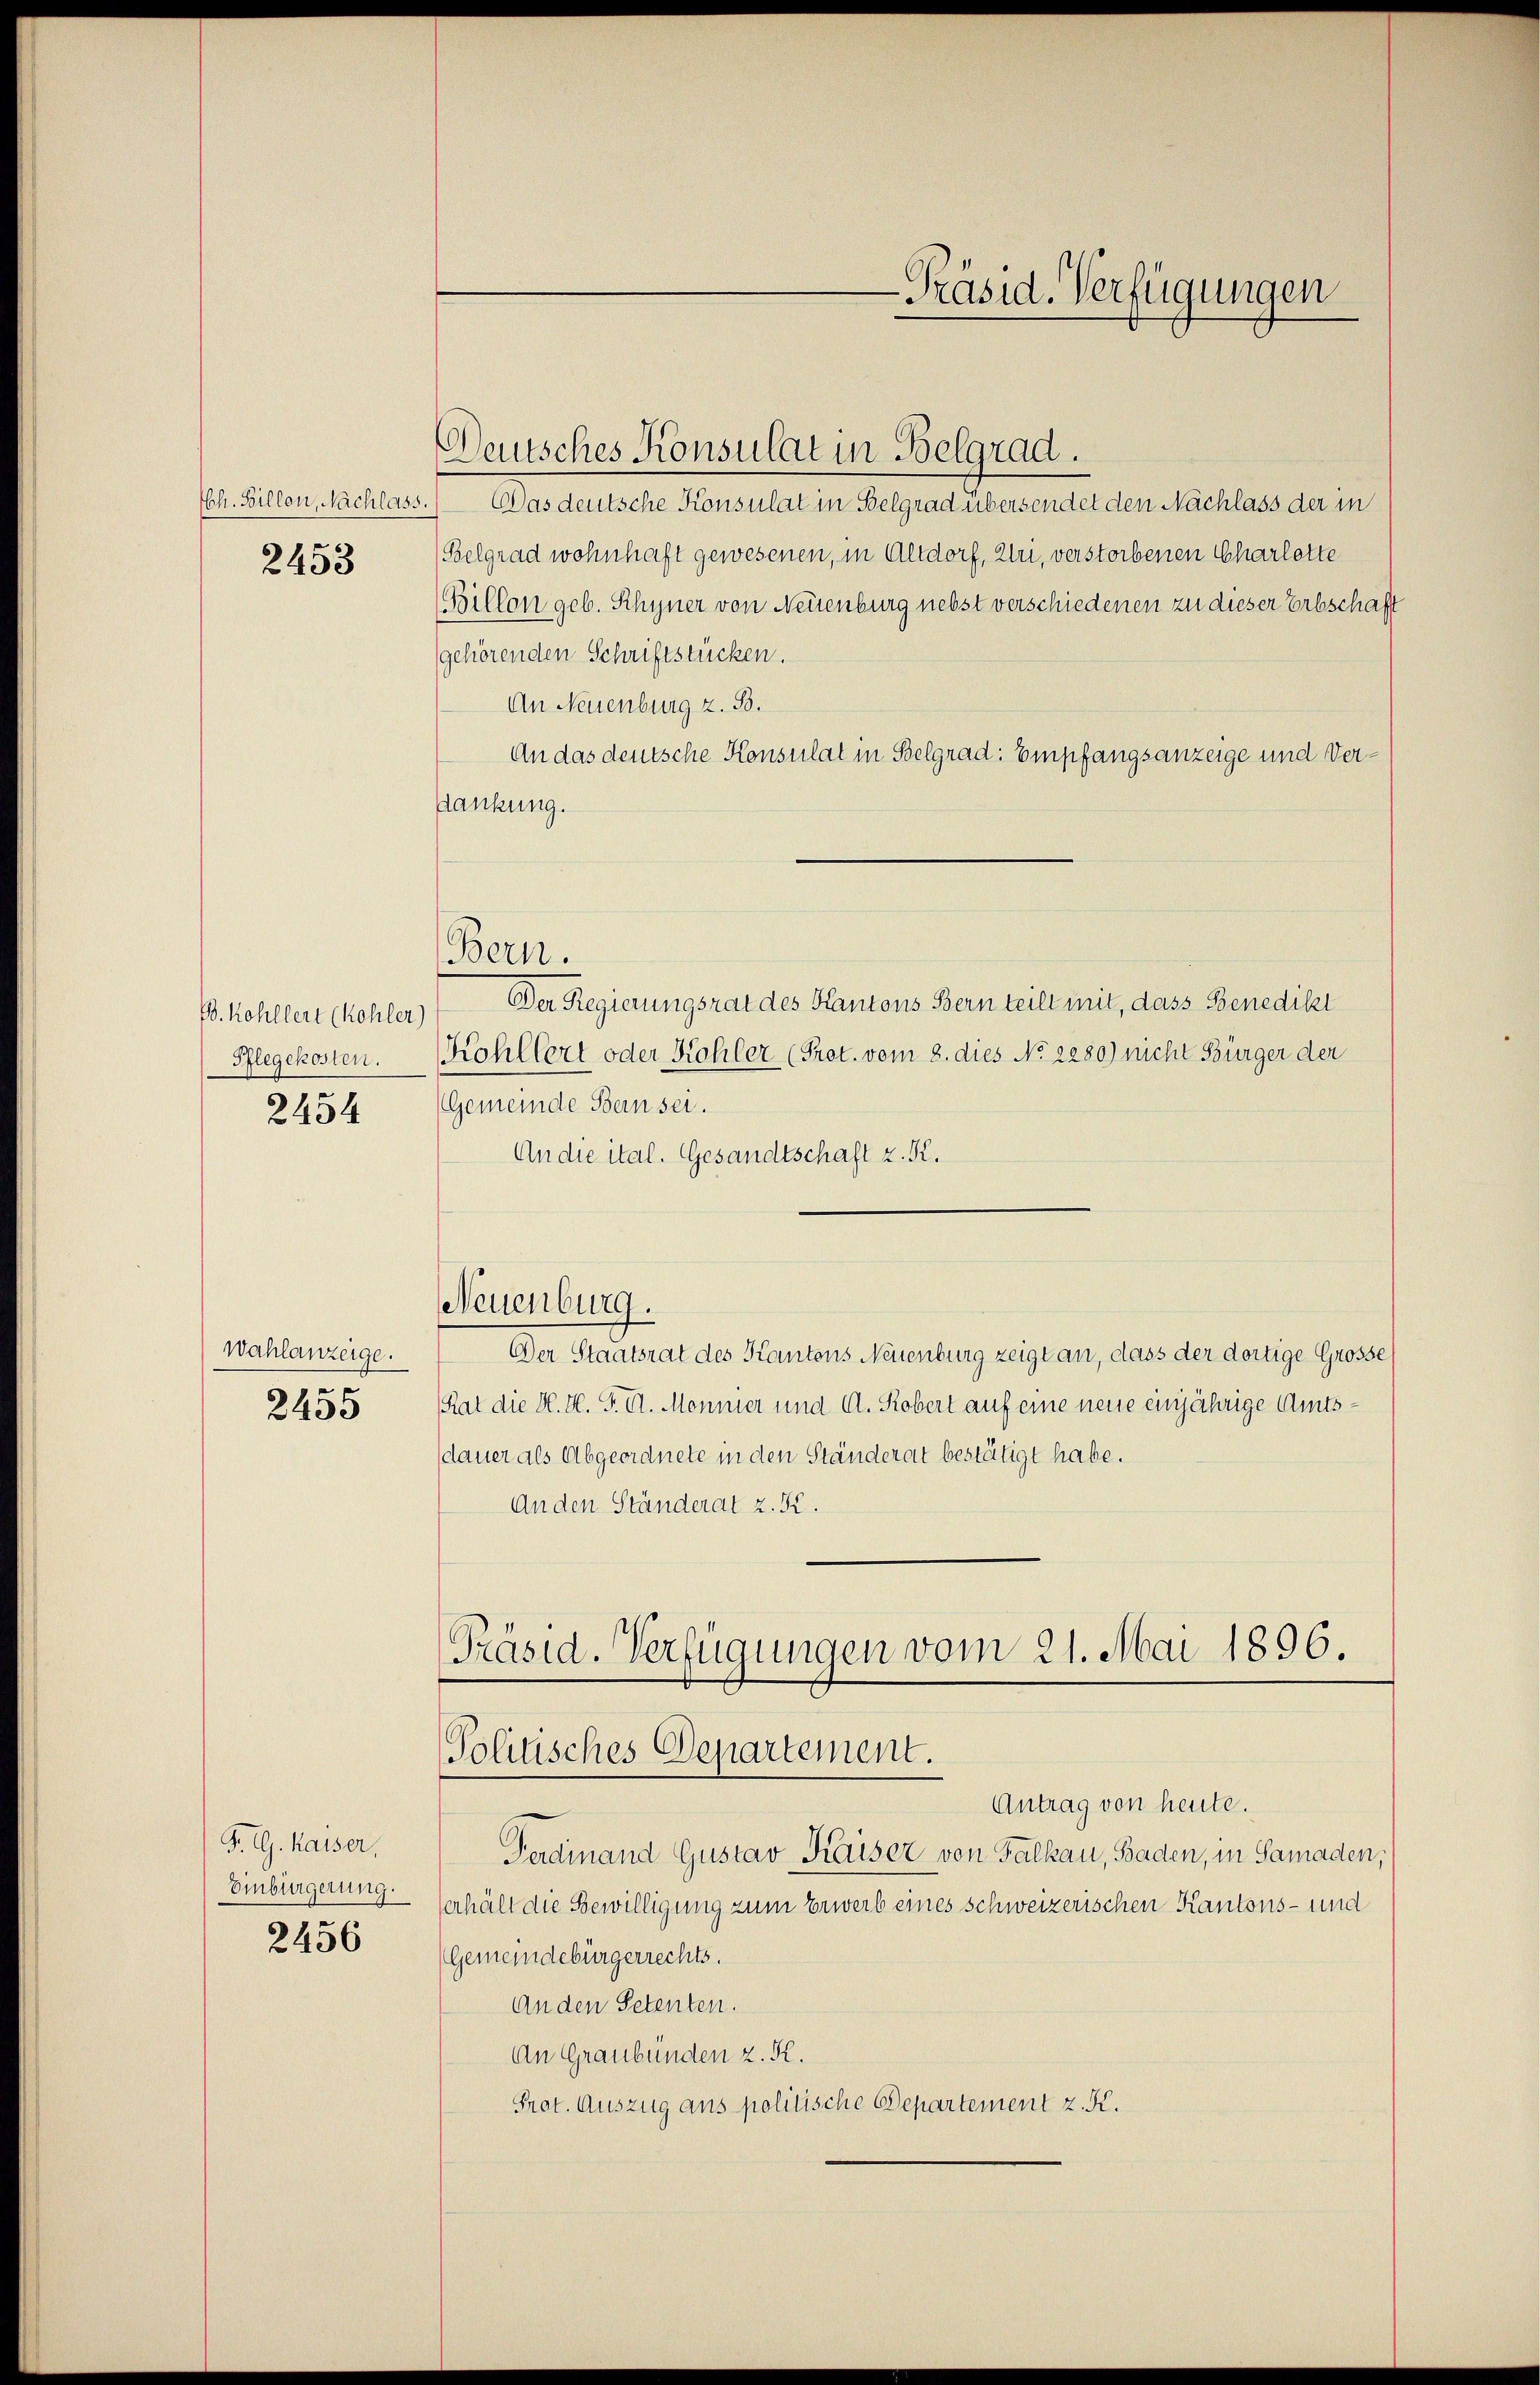
ECh. Billon, Nachlas
2453

B. Kohllert (Kohler)
Pflegekosten.
2454

Wahlanzeige.
2455

P. G. Kaiser,
Einbürgerung.

2456

5. Was deutsche Konsulat in Belgrad übersendet den Nachlass der in
(Belgrad wohnhaft gewesenen, in Altdorf, Uri, verstorbenen Charlotte
Billon geb. Rhyner von Neuenburg nebst verschiedenen zu dieser Erbschaft
gehörenden Schriftstücken.
An Neuenburg z. B.
An das deutsche Konsulat in Belgrad: Empfangsanzeige und Verdankung.
Der Regierungsrat des Kantons Bern teilt mit, dass Benedikt
Kohlbert oder Kohler (Prot. vom 8. dies No 2280) nicht Bürger der
(Gemeinde Bern sei.
An die ital. Gesandtschaft z. K.
Neuenburg.
Der Staatsrat des Kantons Neuenburg zeigt an, dass der dortige Grosse
Rat die H. H. P. C. Monner und A. Robert auf eine neue einjährige Amtsdauer als Abgeordnete in den Ständerat bestätigt habe.
An den Ständerat z. K.

Bern.

Deutsches Konsulat in Belgrad.

-Präsid. Verfügungen

Präsid. Verfügungen vom 21. Mai 1896.
Tolitisches Departement.

Antrag von heute.
Ferdinand Gustav Kaiser von Falkau, Baden, in Samaden,
Verhält die Bewilligung zum Erwerb eines schweizerischen Kantons- und
Gemeindebürgerrechts.
An den Petenten.
An Graubünden z. R.
Prot. Auszug aus politische Departement z. K.